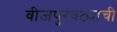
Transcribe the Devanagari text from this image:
वीजपुरवठ्याची